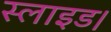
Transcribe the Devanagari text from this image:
स्लाइड।